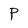
Character: P